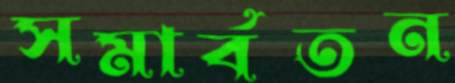
সমার্বতন